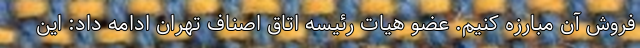
فروش آن مبارزه کنیم. عضو هیات رئیسه اتاق اصناف تهران ادامه داد: این